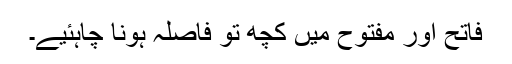
فاتح اور مفتوح میں کچھ تو فاصلہ ہونا چاہئیے۔